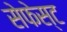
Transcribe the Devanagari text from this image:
सेफेस्ट